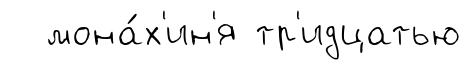
мона́х'ин'я тр'идцатью